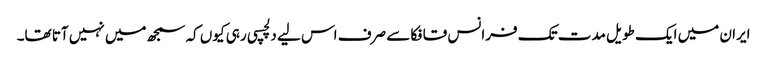
ایران میں ایک طویل مدت تک فرانس قافکا سے صرف اس لیے دلچسپی رہی کیوں کہ سمجھ میں نہیں آتا تھا۔